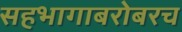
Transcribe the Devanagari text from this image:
सहभागाबरोबरच